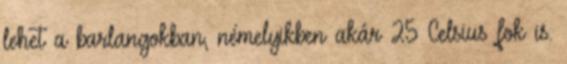
lehet a barlangokban, némelyikben akár 25 Celsius fok is.